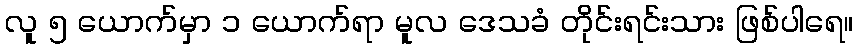
လူ ၅ ယောက်မှာ ၁ ယောက်ရာ မူလ ဒေသခံ တိုင်းရင်းသား ဖြစ်ပါရေ။